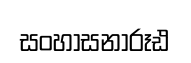
සංහාසනාරූඪ